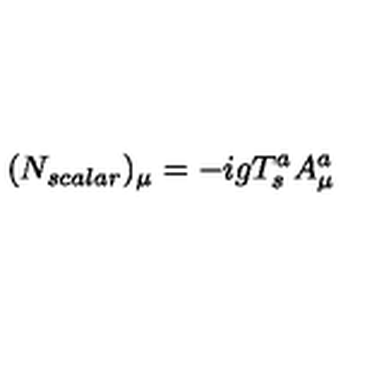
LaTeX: ( N _ { s c a l a r } ) _ { \mu } = - i g T _ { s } ^ { a } A _ { \mu } ^ { a }